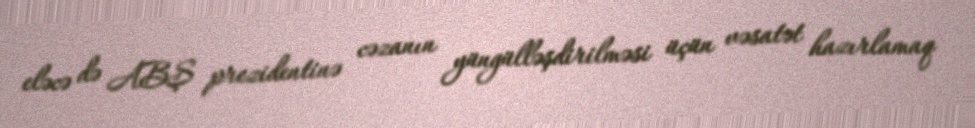
eləcə də ABŞ prezidentinə cəzanın yüngülləşdirilməsi üçün vəsatət hazırlamaq